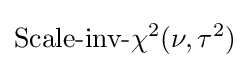
{\mbox{Scale-inv-}}\chi ^{2}(\nu ,\tau ^{2})